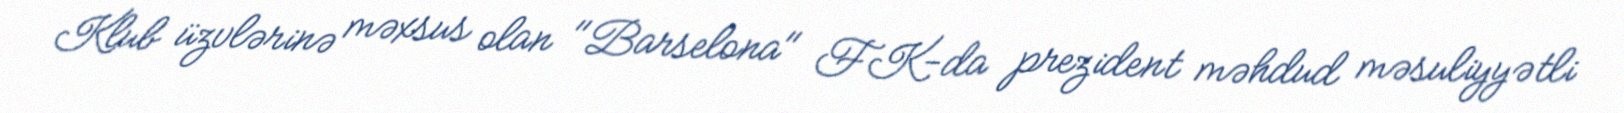
Klub üzvlərinə məxsus olan "Barselona" FK-da prezident məhdud məsuliyyətli